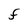
Character: F